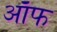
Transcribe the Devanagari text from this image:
ऑफ